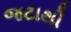
જટાથી